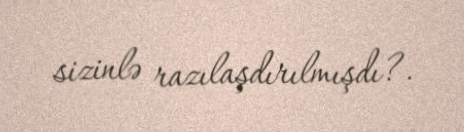
sizinlə razılaşdırılmışdı?.